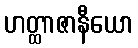
ဟတ္ထာဇာနီယော